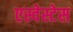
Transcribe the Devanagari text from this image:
एस्वेस्टेस